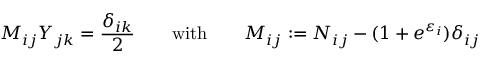
M _ { i j } Y _ { j k } = \frac { \delta _ { i k } } { 2 } \quad \quad \mathrm { w i t h } \qquad M _ { i j } : = N _ { i j } - ( 1 + e ^ { \varepsilon _ { i } } ) \delta _ { i j }